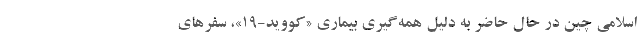
اسلامی چین در حال حاضر به دلیل همه‌گیری بیماری «کووید-۱۹»، سفرهای